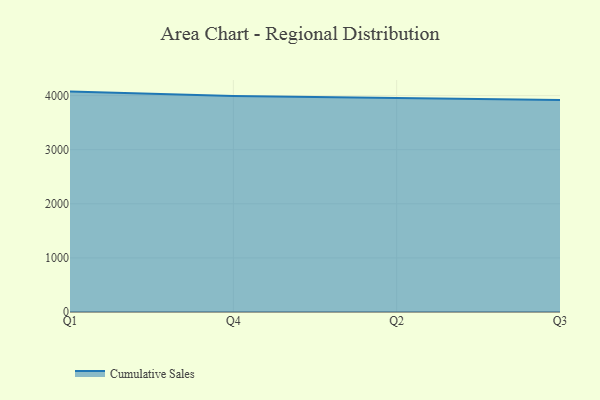
{"axis": {"x": "Quarter", "y": "Budget (USD K)"}, "legend": ["Cumulative Sales"], "data": [{"x": "Q1", "y": 4074.2, "type": "Cumulative Sales"}, {"x": "Q4", "y": 3993.7, "type": "Cumulative Sales"}, {"x": "Q2", "y": 3955.0, "type": "Cumulative Sales"}, {"x": "Q3", "y": 3917.3, "type": "Cumulative Sales"}]}